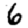
Digit: 6